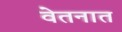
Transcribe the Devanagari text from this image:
वेतनात